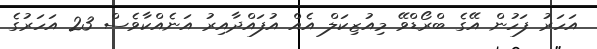
އަހަރު ފަހުން އޭގެ ބްރޯޑްވޭ މިއުޒިކަލް އެއް އުފައްދާއިރު އަނެއްކާވެސް 23 އަހަރުގެ